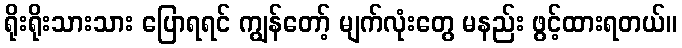
ရိုးရိုးသားသား ပြောရရင် ကျွန်တော့် မျက်လုံးတွေ မနည်း ဖွင့်ထားရတယ်။